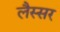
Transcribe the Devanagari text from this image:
लैस्सर